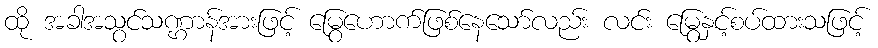
ထို အခါအသွင်သဏ္ဌာန်အားဖြင့် မြွေဟောက်ဖြစ်နေသော်လည်း လင်း မြွေနှင့်စပ်ထားသဖြင့်